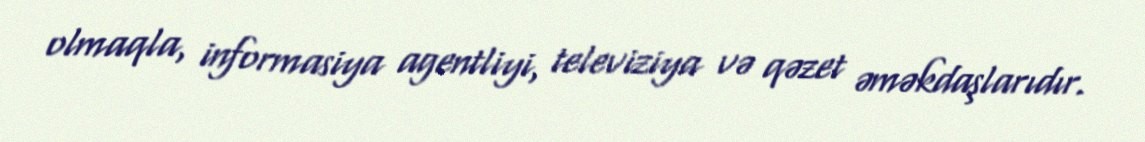
olmaqla, informasiya agentliyi, televiziya və qəzet əməkdaşlarıdır.